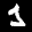
Label: 1